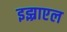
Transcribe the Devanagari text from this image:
इझ्राएल